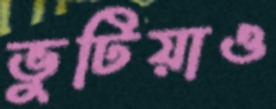
ভুটিয়াও